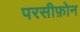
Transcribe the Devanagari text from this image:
परसीफ़ोन